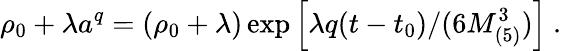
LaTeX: \rho_{0}+\lambda a^{q}=\left(\rho_{0}+\lambda\right)\exp\left[\lambda q(t-t_{0})/(6M_{(5)}^{3})\right]\ .